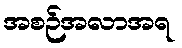
အစဉ်အလာအရ